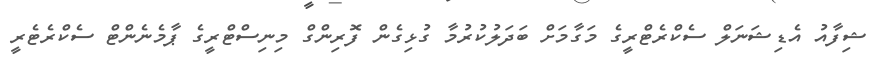
ޝިފާއު އެޑިޝަނަލް ސެކްރެޓްރީގެ މަގާމަށް ބަދަލުކުރުމާ ގުޅިގެން ފޮރިންގް މިނިސްޓްރީގެ ޕާމެނެންޓް ސެކްރެޓެރީ